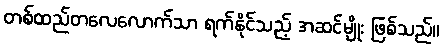
တစ်ထည်တလေလောက်သာ ရက်နိုင်သည့် အဆင်မျိုး ဖြစ်သည်။